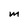
Character: M